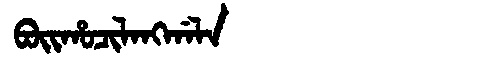
Manchu: ᠪᠣᡳᡥᠣᠴᡳᠯᠠᠩᡤᠠᠯᠠ
Romanization: BOIHOCILANGGALA